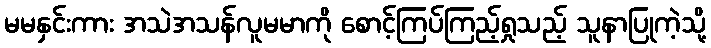
မမနှင်းကား အသဲအသန်လူမမာကို စောင့်ကြပ်ကြည့်ရှုသည့် သူနာပြုကဲ့သို့